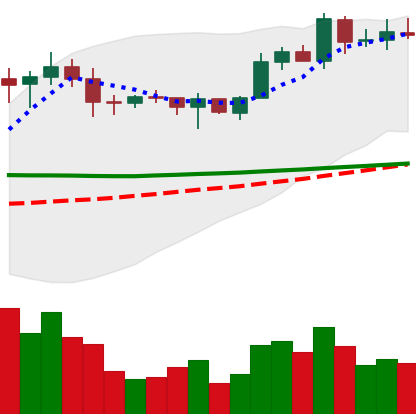
Ticker: EOS-USD
Chart end date: 2020-02-03
Forward return: 13.307%
Label: up_7plus